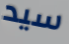
سيد